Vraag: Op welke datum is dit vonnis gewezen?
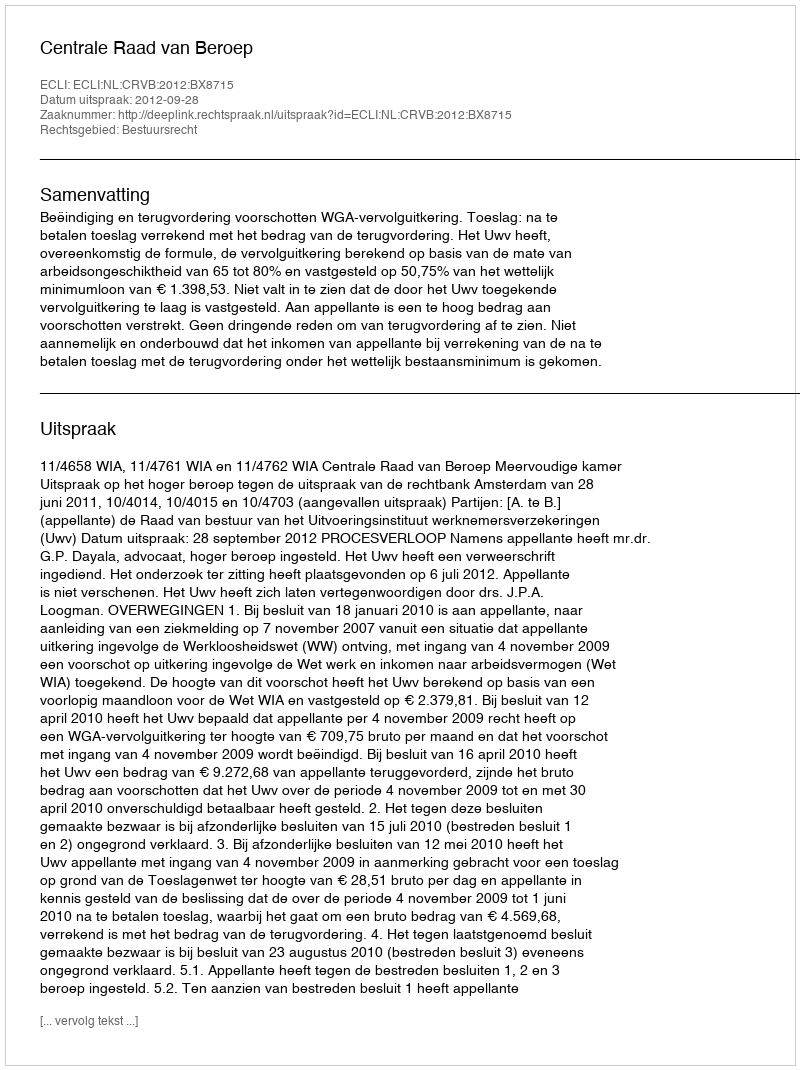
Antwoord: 2012-09-28